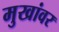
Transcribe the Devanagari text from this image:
मुखांवर